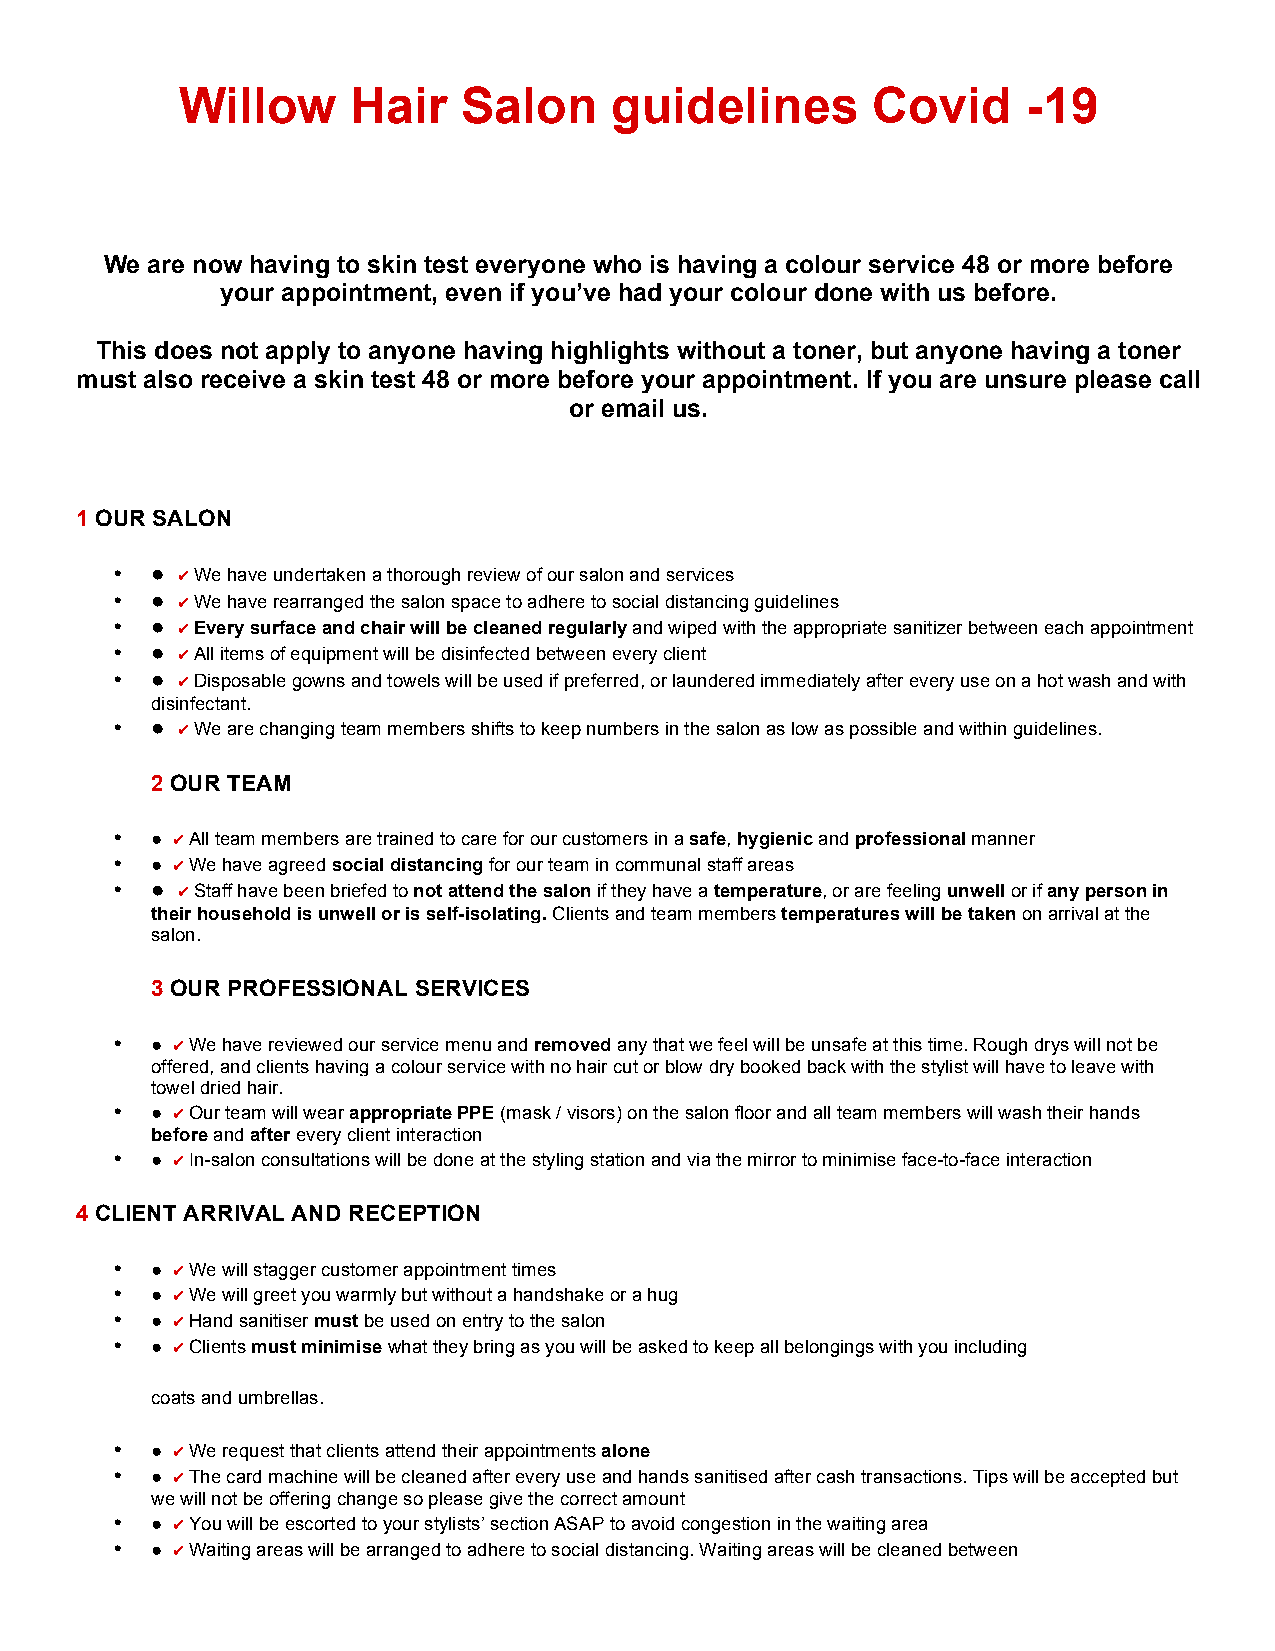
Willow     Hair    Salon     guidelines       Covid     -19
 We are now having to skin test everyone who is having a colour service 48 or more before
 your appointment, even if you’ve had your colour done with us before.
 This does not apply to anyone having highlights without a toner, but anyone having a toner
 must also receive a skin test 48 or more before your appointment. If you are unsure please call
 or email us.
 1 OUR SALON
 • ● ✔ We have undertaken a thorough review of our salon and services
 • ● ✔ We have rearranged the salon space to adhere to social distancing guidelines
 • ● ✔ Every surface and chair will be cleaned regularly and wiped with the appropriate sanitizer between each appointment
 • ● ✔ All items of equipment will be disinfected between every client
 • ● ✔ Disposable gowns and towels will be used if preferred, or laundered immediately after every use on a hot wash and with
 disinfectant.
 • ● ✔ We are changing team members shifts to keep numbers in the salon as low as possible and within guidelines.
 2 OUR TEAM
 • ● ✔ All team members are trained to care for our customers in a safe, hygienic and professional manner
 • ● ✔ We have agreed social distancing for our team in communal staff areas
 • ● ✔ Staff have been briefed to not attend the salon if they have a temperature, or are feeling unwell or if any person in
 their household is unwell or is self-isolating. Clients and team members temperatures will be taken on arrival at the
 salon.
 3 OUR PROFESSIONAL SERVICES
 • ● ✔ We have reviewed our service menu and removed any that we feel will be unsafe at this time. Rough drys will not be
 offered, and clients having a colour service with no hair cut or blow dry booked back with the stylist will have to leave with
 towel dried hair.
 • ● ✔ Our team will wear appropriate PPE (mask / visors) on the salon floor and all team members will wash their hands
 before and after every client interaction
 • ● ✔ In-salon consultations will be done at the styling station and via the mirror to minimise face-to-face interaction
 4 CLIENT ARRIVAL AND RECEPTION
 • ● ✔ We will stagger customer appointment times
 • ● ✔ We will greet you warmly but without a handshake or a hug
 • ● ✔ Hand sanitiser must be used on entry to the salon
 • ● ✔ Clients must minimise what they bring as you will be asked to keep all belongings with you including
 coats and umbrellas.
 • ● ✔ We request that clients attend their appointments alone
 • ● ✔ The card machine will be cleaned after every use and hands sanitised after cash transactions. Tips will be accepted but
 we will not be offering change so please give the correct amount
 • ● ✔ You will be escorted to your stylists’ section ASAP to avoid congestion in the waiting area
 • ● ✔ Waiting areas will be arranged to adhere to social distancing. Waiting areas will be cleaned between